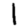
Digit: 1